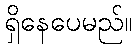
ရှိနေပေမည်။